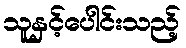
သူနှင့်ပေါင်းသည့်